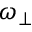
\omega _ { \perp }